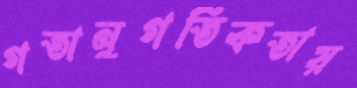
গতানুগতিকতায়